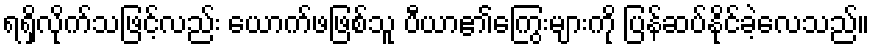
ရရှိလိုက်သဖြင့်လည်း ယောက်ဖဖြစ်သူ ပီယာ၏ကြွေးများကို ပြန်ဆပ်နိုင်ခဲ့လေသည်။